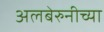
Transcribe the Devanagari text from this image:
अलबेरुनीच्या